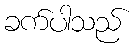
ခက်ပါသည်